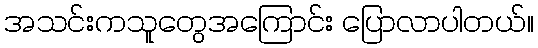
အသင်းကသူတွေအကြောင်း ပြောလာပါတယ်။